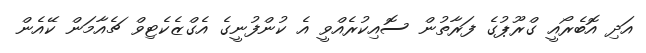
އަދި އޮބެރޯއީ ގްރޫޕުގެ ފަރާތުން ސޮއިކުރެއްވީ އެ ކުންފުނީގެ އެގްޒެކެޓިވް ޗެއާމަން ކޭއެން